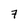
Character: 7